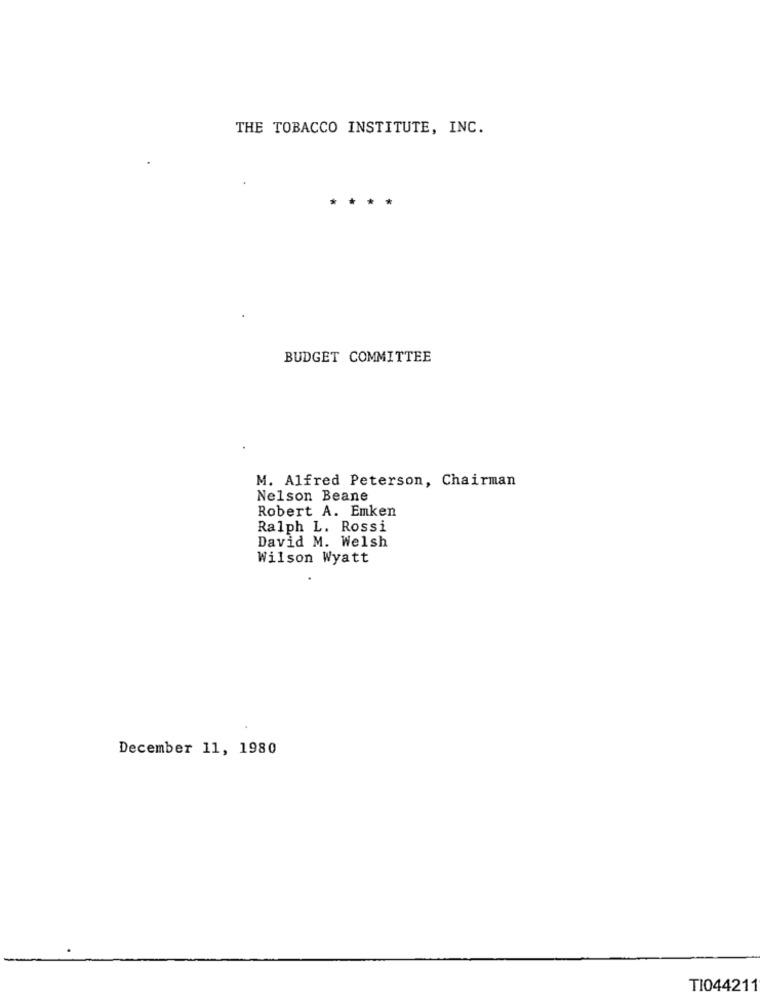
THE TOBACCO INSTITUTE, INC.
*
BUDGET COMMITTEE
M. Alfred Peterson, Chairman
Nelson Beane
Robert A. Emken
Ralph L. Rossi
David M. Welsh
Wilson Wyatt
December 11, 1980
TI044211